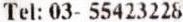
TEL: 03- 55423228